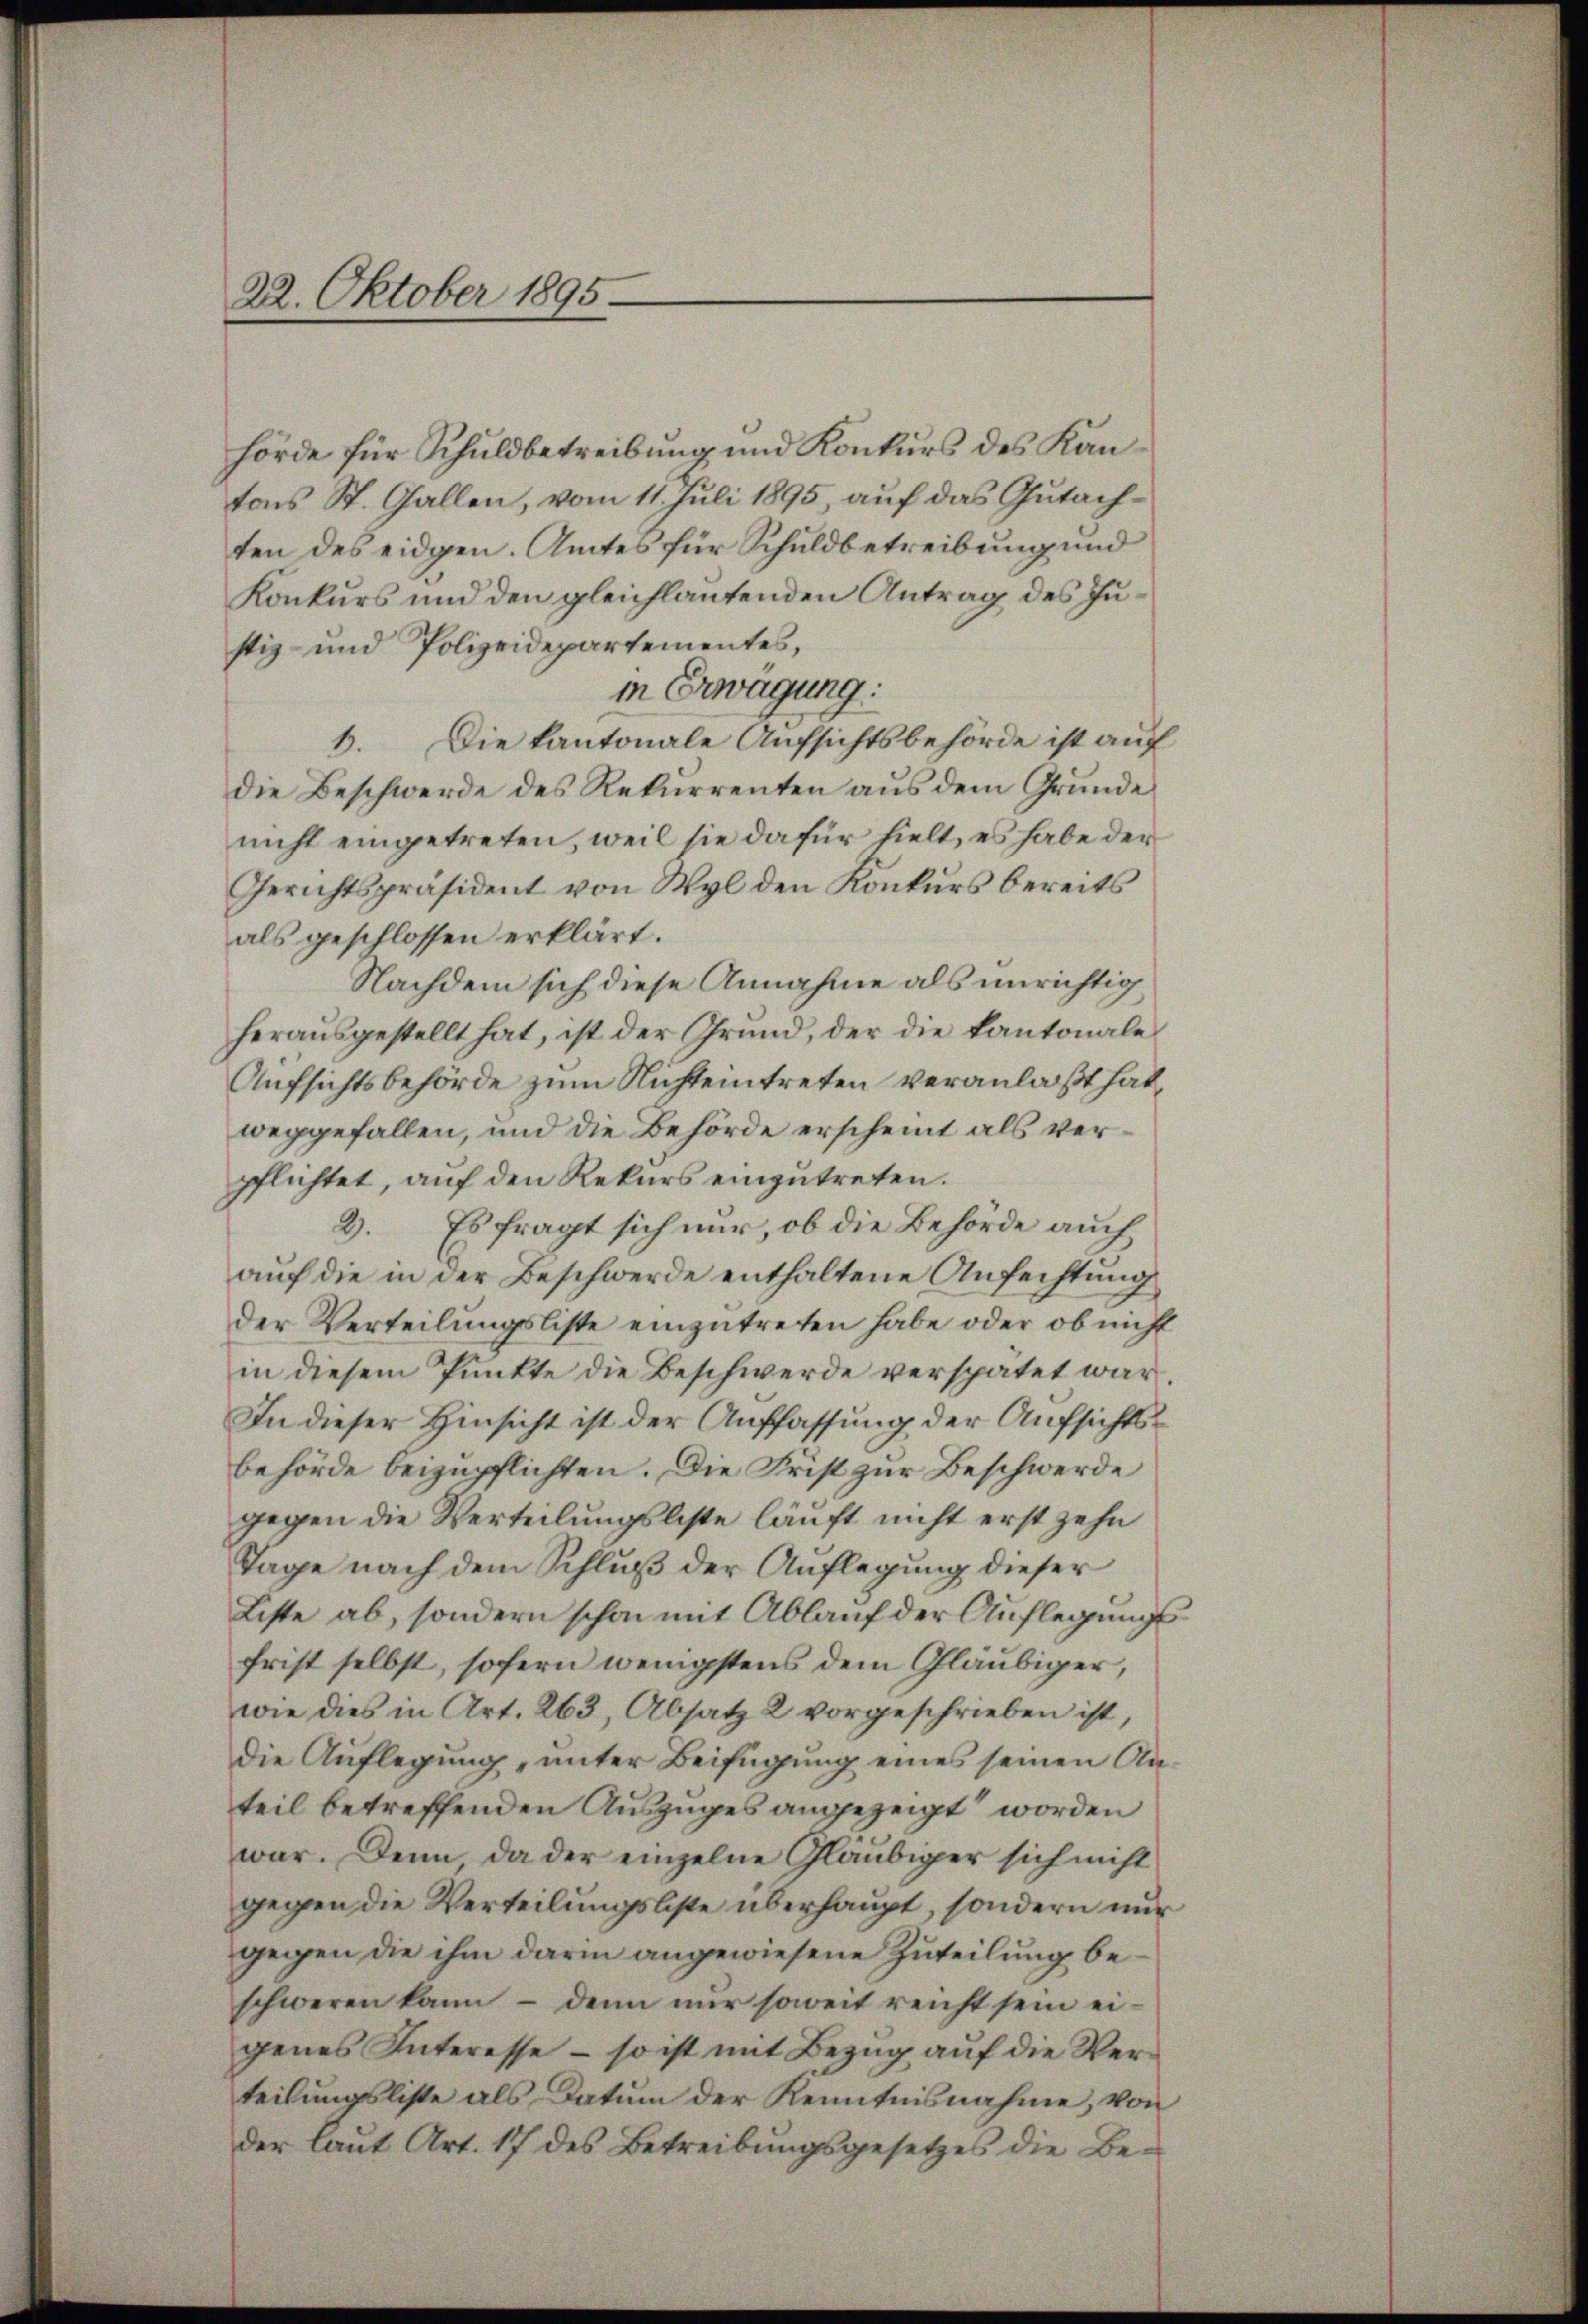
22. Oktober 1895

hörde für Schuldbetreibung und Konkurs des Kantons St. Gallen, vom 11. Juli 1895, auf das Gutachten des eidgen. Amtes für Schuldbetreibung und
Konkurs und den gleichlautenden Antrag des Justiz- und Polizeidepartementes,
in Erwägung:
Die kantonale Aufsichtsbehörde ist auf
1.
die Beschwerde des Rekurrenten aus dem Grunde
nicht eingetreten, weil sie dafür hielt, es habe der
Gerichtspräsident von Wyl den Konkurs bereits
als geschlossen erklärt.
Nachdem sich diese Annahme als unrichtig
herausgestellt hat, ist der Grund, der die Kantonale
Aufsichtsbehörde zum Nichteintreten veranlaßt hat
weggefallen, und die Behörde erscheint als verpflichtet, auf den Rekurs einzutreten.
3. Es fragt sich nur, ob die Behörde auch
auf die in der Beschwerde enthaltene Anfechtung
der Verteilŭngsliste einzŭtreten habe oder ob nicht
in diesem Punkte die Beschwerde verspätet war
In dieser Hinsicht ist der Auffassung der Aufsichtsbehörde beizupflichten. Die Frist zur Beschwerde
gegen die Verteilungsliste läuft nicht erst zehn
Tage nach dem Schluß der Auflegung dieser
Liste ab, sondern schon mit Ablauf der Auflegungs
frist selbst, sofern wenigstens dem Gläubiger,
wie dies in Art. 263, Absatz 2 vorgeschrieben ist,
die Auflegung, unter Beifügung eines seinen Anteil betreffenden Auszuges angezeigt worden
war. Denn da der einzelne Gläubiger sich nicht
gegen die Verteilungsbeste überhaupt, sondern nur
gegen die ihm darin angewiesene Zuteilung beschweren kann - denn nur soweit reicht sein eigenes Interesse – so ist mit Bezug auf die Verteilungsliste als Datum der Kenntnisnahme, von
der laut Art. 17 des Betreibungsgesetzes die Be¬